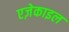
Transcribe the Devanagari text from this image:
एज़ेकाइल